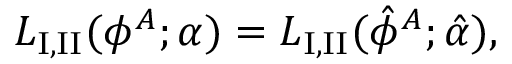
{ \cal L } _ { \mathrm { I , I I } } ( \phi ^ { A } ; \alpha ) = { \cal L } _ { \mathrm { I , I I } } ( \hat { \phi } ^ { A } ; \hat { \alpha } ) ,